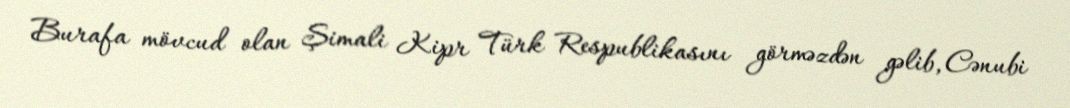
Burafa mövcud olan Şimali Kipr Türk Respublikasını görməzdən gəlib, Cənubi